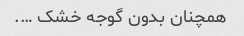
همچنان بدون گوجه خشک ….